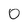
Character: 0